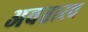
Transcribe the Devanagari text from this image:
अवतारच